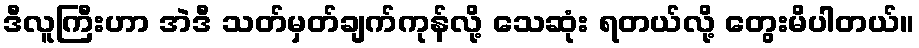
ဒီလူကြီးဟာ အဲဒီ သတ်မှတ်ချက်ကုန်လို့ သေဆုံး ရတယ်လို့ တွေးမိပါတယ်။